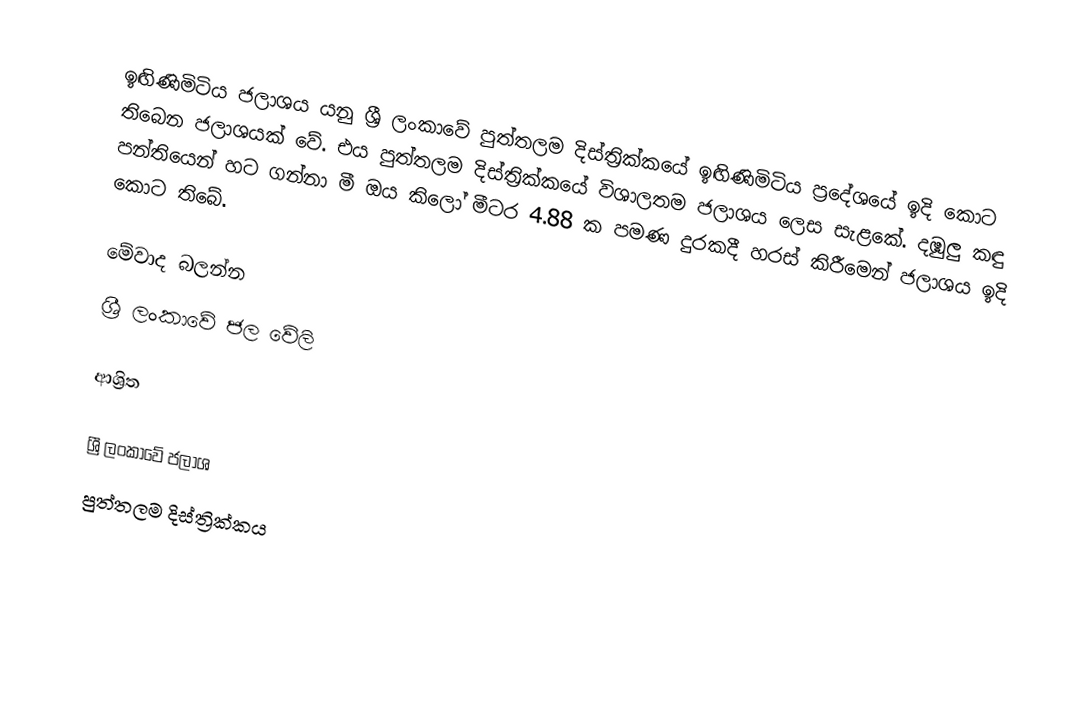
ඉඟිණිමිටිය ජලාශය යනු ශ්‍රී ලංකාවේ පුත්තලම දිස්ත්‍රික්කයේ ඉඟිණිමිටිය ප්‍රදේශයේ ඉදි කොට තිබෙන ජලාශයක් වේ. එය පුත්තලම දිස්ත්‍රික්කයේ විශාලතම ජලාශය ලෙස සැළකේ. දඹුලු කඳු පන්තියෙන් හට ගන්නා මී ඔය කිලෝ මීටර 4.88 ක පමණ දුරකදී  හරස් කිරීමෙන් ජලාශය ඉදි කොට තිබේ.

මේවාද බලන්න
 ශ්‍රී ලංකාවේ ජල වේලි

ආශ්‍රිත

ශ්‍රී ලංකාවේ ජලාශ
පුත්තලම දිස්ත්‍රික්කය